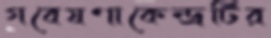
গবেষণাকেন্দ্রটির